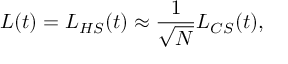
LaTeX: L ( t ) = L _ { H S } ( t ) \approx \frac { 1 } { \sqrt { N } } L _ { C S } ( t ) ,